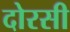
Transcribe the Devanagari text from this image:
दोरसी